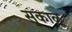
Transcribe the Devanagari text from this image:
सुकाळू